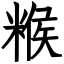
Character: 糇